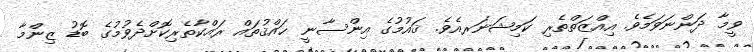
ވީމާ ދަންނަވަމެވެ. އިއްޒަތްތެރި ކަމިޝަނަރއެވެ. ޤައުމުގެ އިންސާނީ ޙައްޤުތައް ރައްކާތެރިކޮށްދެވުމުގެ ބޮޑު ޒިންމާ